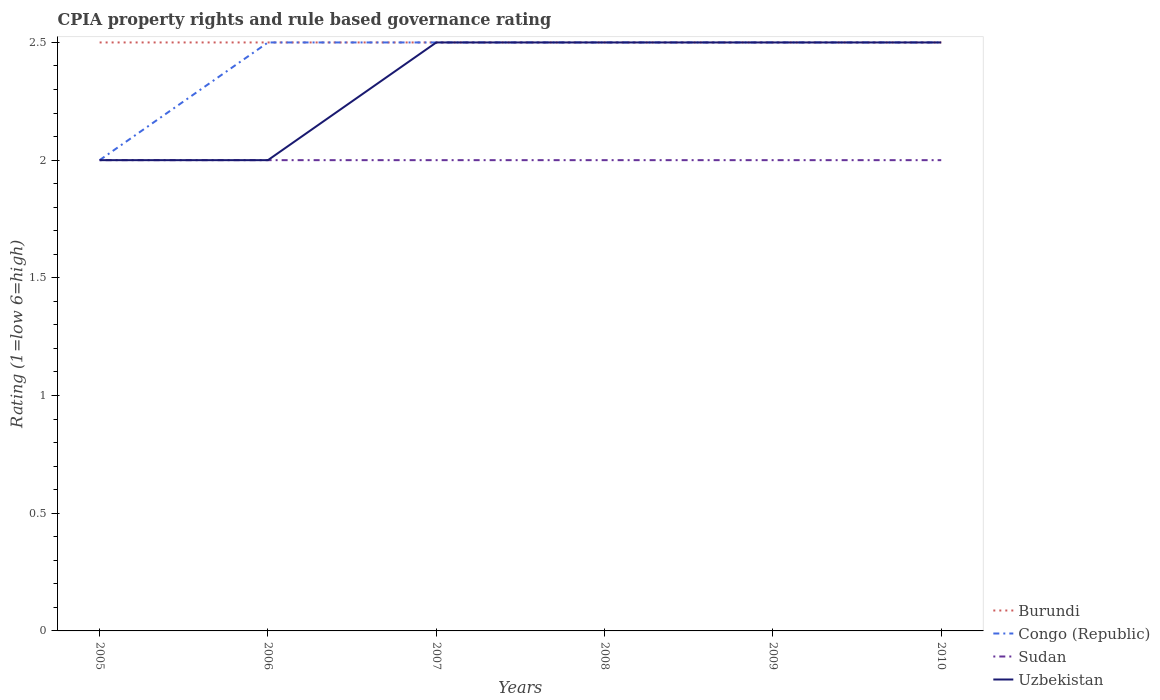
| Years | Burundi | Congo (Republic) | Sudan | Uzbekistan |
 | --- | --- | --- | --- | --- |
 | 2005 | 2.5 | 2 | 2 | 2 |
 | 2006 | 2.5 | 2.5 | 2 | 2 |
 | 2007 | 2.5 | 2.5 | 2 | 2.5 |
 | 2008 | 2.5 | 2.5 | 2 | 2.5 |
 | 2009 | 2.5 | 2.5 | 2 | 2.5 |
 | 2010 | 2.5 | 2.5 | 2 | 2.5 |